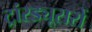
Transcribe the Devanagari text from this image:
ट्रांस्ड्यूसरों